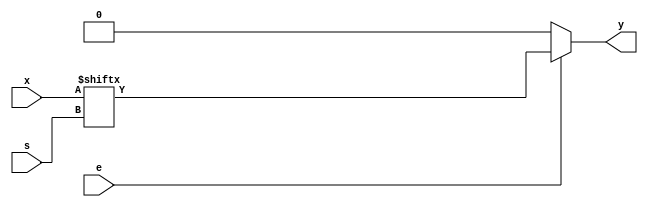
module Multiplexer_4to1bit(input e, input[3:0] x, output y, input[1:0] s);
	reg y;
	always@(e,x,s)
		if(e)
			y=x[s];
		else
			y=0;
endmodule